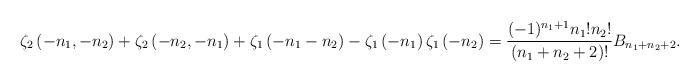
LaTeX: \begin{align*}\zeta_{2}\left(-n_1,-n_2\right) + \zeta_{2}\left(-n_2,-n_1\right)+ \zeta_{1}\left(-n_1 - n_2\right) - \zeta_{1}\left(-n_1\right) \zeta_{1}\left(-n_2\right)= \frac{(-1)^{n_{1}+1} n_{1}!n_{2}!}{\left(n_1+n_2+2\right)!}B_{n_1+n_2+2}. \end{align*}